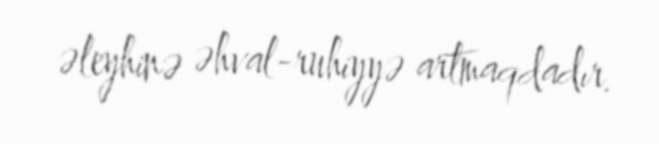
əleyhinə əhval-ruhiyyə artmaqdadır.